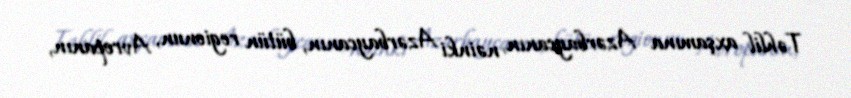
Təhlil axşamına Azərbaycanın, nəinki Azərbaycanın, bütün regionun, Avropanın,